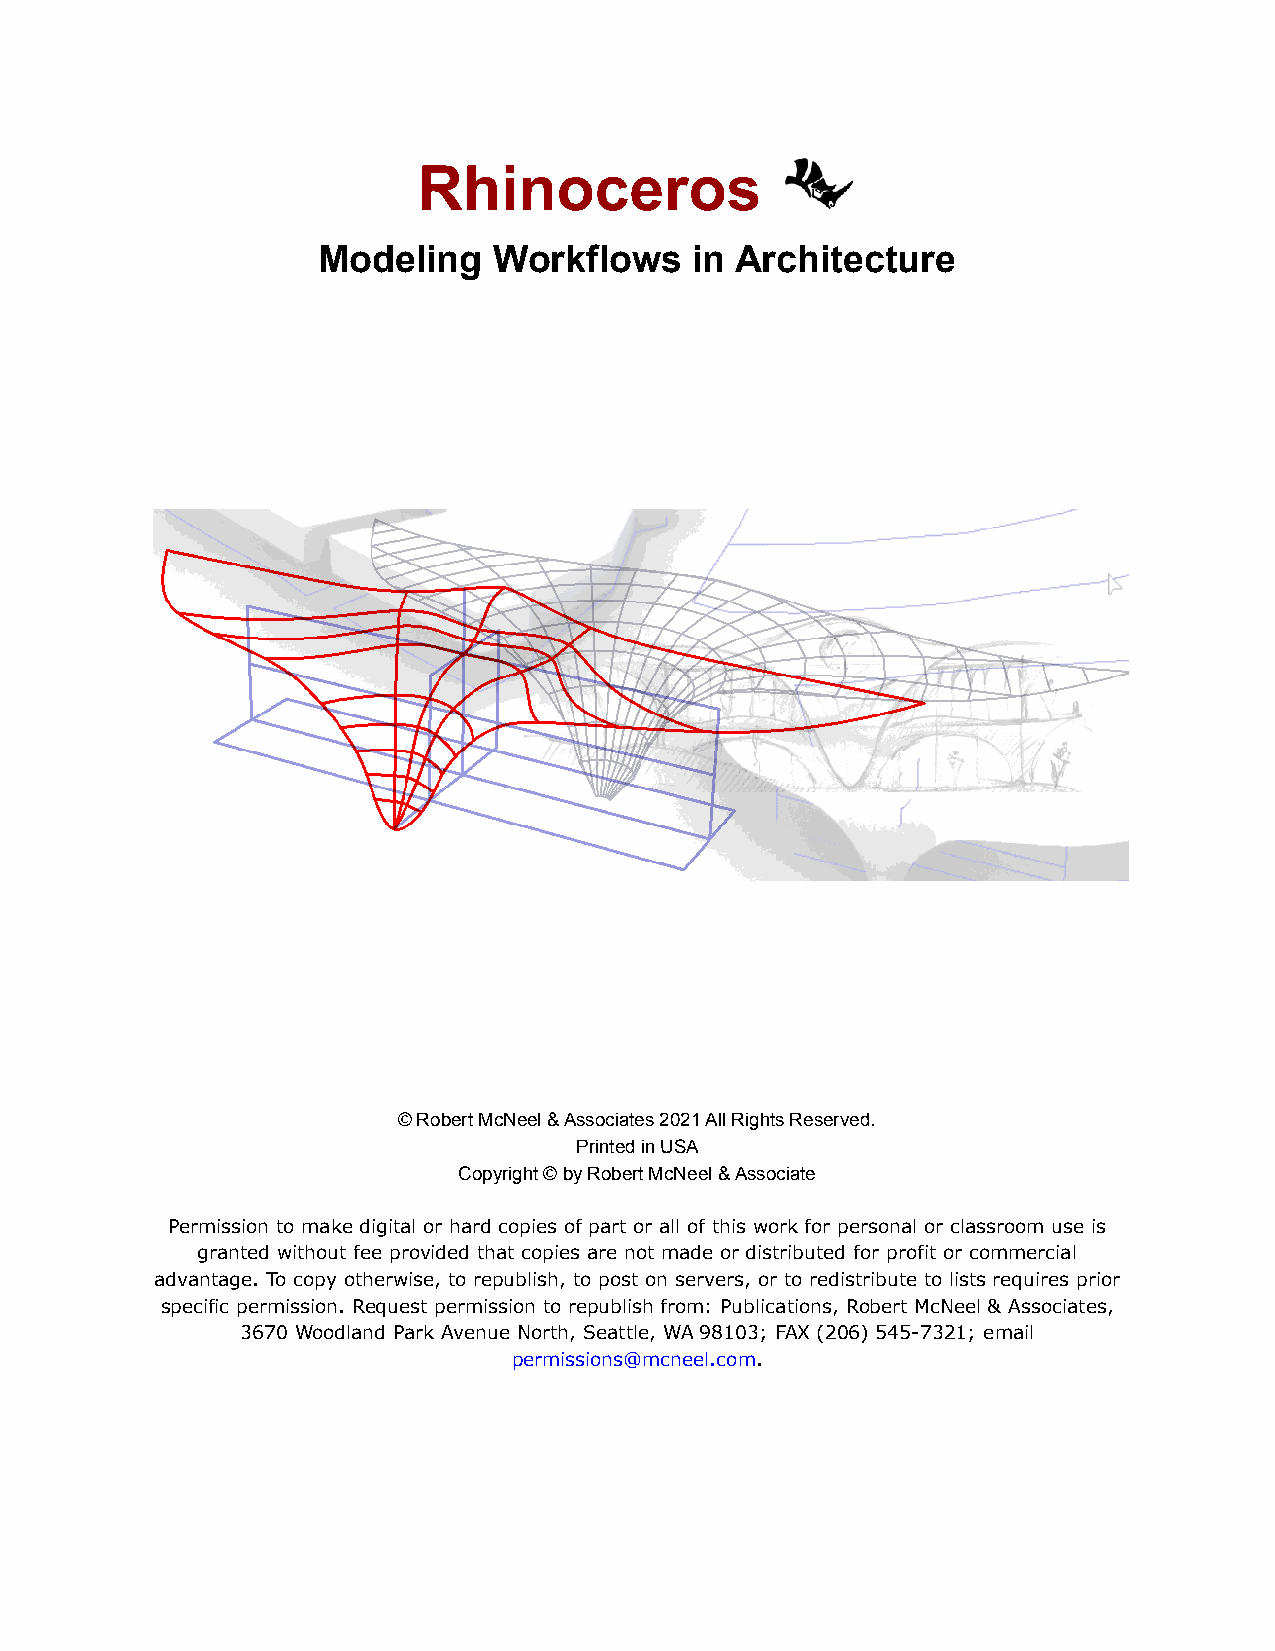
Rhinoceros
 Modeling    Workflows    in Architecture
 © Robert McNeel & Associates 2021 All Rights Reserved.
 Printed in USA
 Copyright © by Robert McNeel & Associate
 Permission to make digital or hard copies of part or all of this work for personal or classroom use is
 granted without fee provided that copies are not made or distributed for profit or commercial
 advantage. To copy otherwise, to republish, to post on servers, or to redistribute to lists requires prior
 specific permission. Request permission to republish from: Publications, Robert McNeel & Associates,
 3670 Woodland Park Avenue North, Seattle, WA 98103; FAX (206) 545-7321; email
 permissions@mcneel.com.